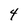
Character: 4